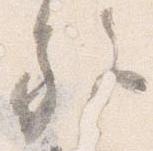
施